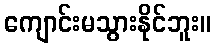
ကျောင်းမသွားနိုင်ဘူး။